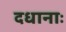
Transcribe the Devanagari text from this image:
दधानाः